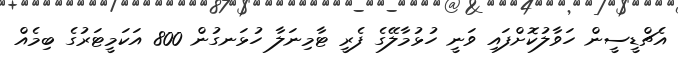
އެޗްޑީސީން ހަވާލުކޮށްފައި ވަނީ ހުޅުމާލޭގެ ފެރީ ޓާމިނަލާ ހުޅަނގުން 800 އަކަމީޓަރުގެ ބިމެއް